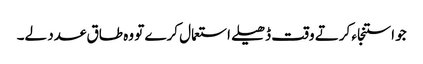
جو استنجاء کرتے وقت ڈھیلے استعمال کرے تو وہ طاق عدد لے۔